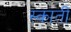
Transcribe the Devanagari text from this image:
स्काती